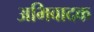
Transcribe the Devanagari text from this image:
अभिवादक